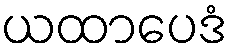
ယထာပေဒံ